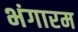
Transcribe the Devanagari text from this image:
भंगारम